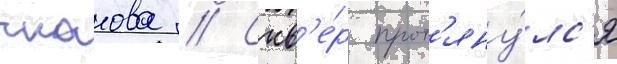
чкалова // Скв'е́р прот'яну́лс'я